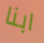
ابنا